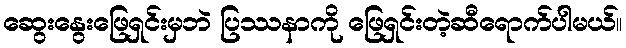
ဆွေးနွေးဖြေရှင်းမှဘဲ ပြဿနာကို ဖြေရှင်းတဲ့ဆီရောက်ပါမယ်။